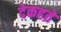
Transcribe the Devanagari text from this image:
देकहते